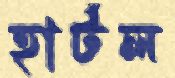
হার্টল